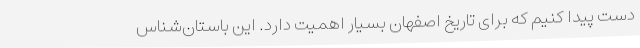
دست پیدا کنیم که برای تاریخ اصفهان بسیار اهمیت دارد. این باستان‌شناس